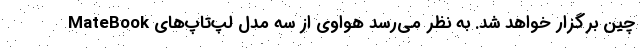
چین برگزار خواهد شد. به نظر می‌رسد هواوی از سه مدل لپ‌تاپ‌های MateBook